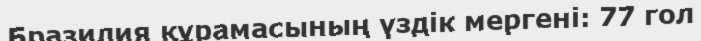
Бразилия құрамасының үздік мергені: 77 гол